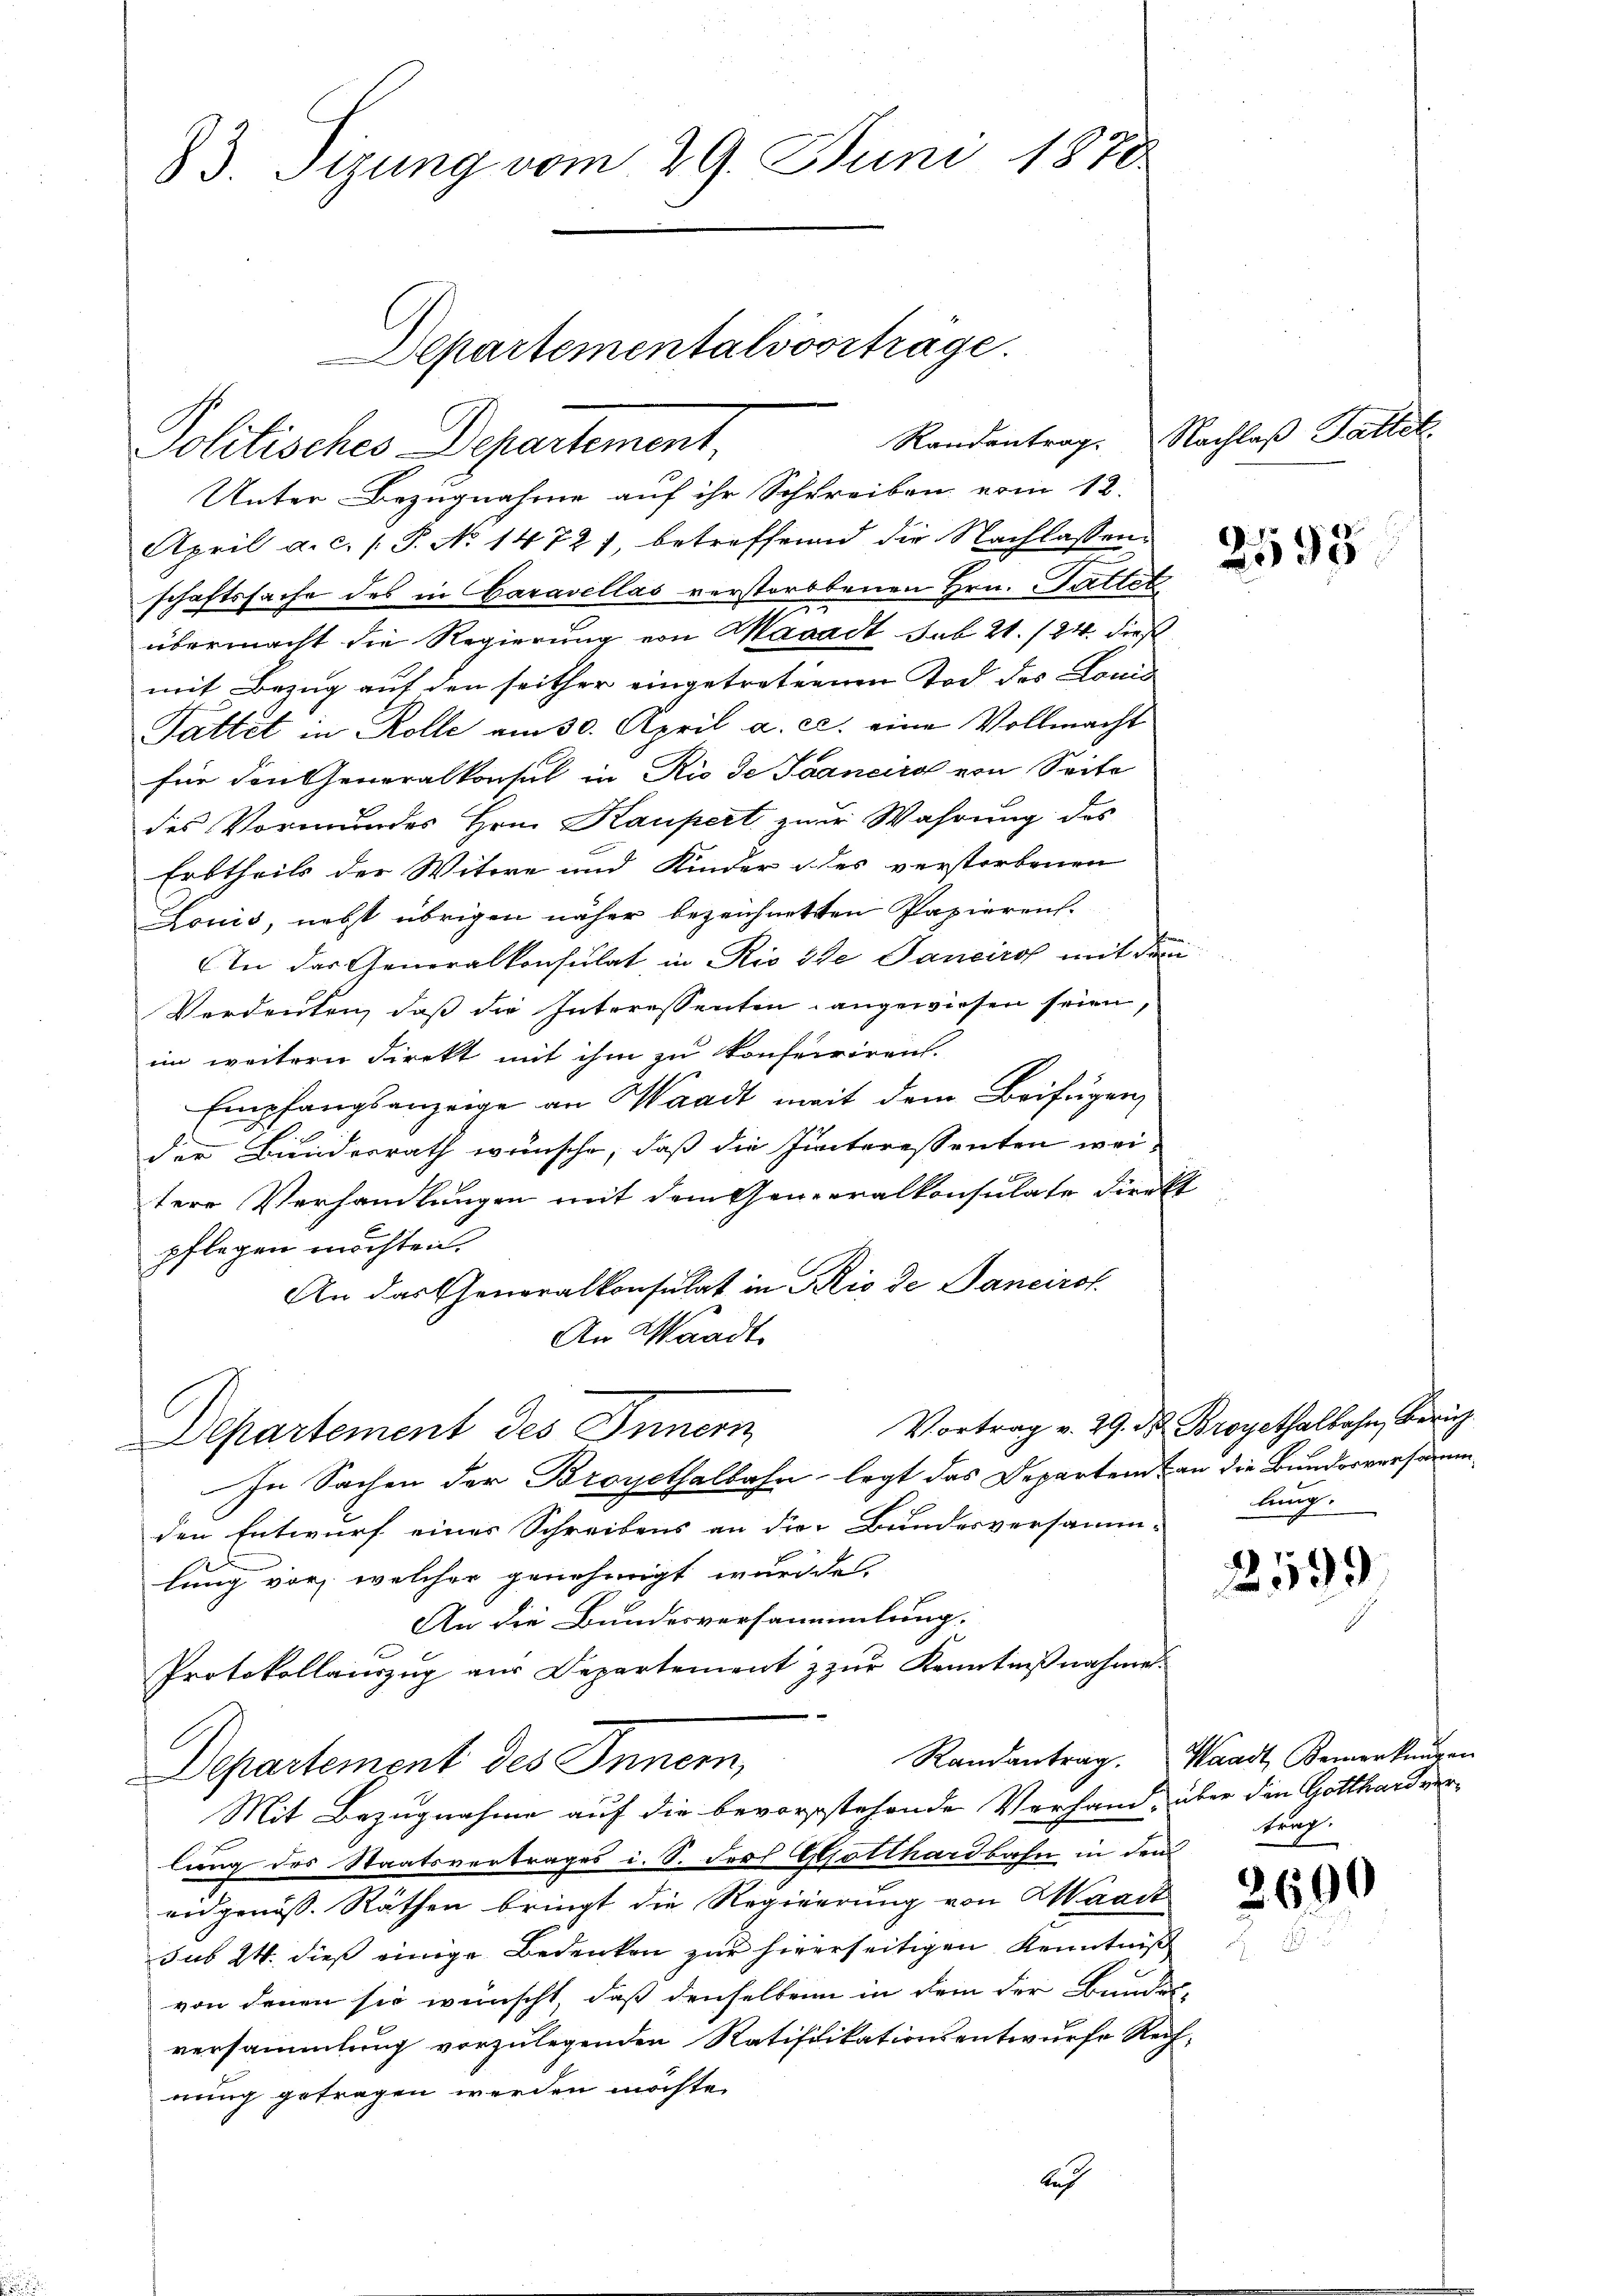
83. Sitzung vom 29. Juni 1878
Departementalioseträge.

Politisches Departement,

Unter Bezugnahme auf ihr Schreiben vom 12.
April a. c. (T. No 1472), betreffend die Nachlassenschaftssache des in Garavellas verstorbtenen Hrn. Faltet
7
übermacht die Regierung von Maaadt sub 21. 124. dieß
mit Bezug auf den seither eingetreternen Tod des Louis
Tattet in Rolle am 30. April a. c. eine Vollmacht
für den Generalkonsul in Rio de Saancirol von Seite
des Vormundes Hrn. Kaupert zur Wahrung des
Erbtheils der Witwe und Kinder des verstorbenen
Loriis, nebst übrigen näher bezeichnetten Papieren.
An das Generalkonsulat in Rio die Janeiro mit dem
Verdeuten, daß die Interessenten angewiesen seien,
im weitern Direkt mit ihm zu konferiren.
Empfangsanzeige an Waadt weit dem Beifügen,
der Bundesrath wünsche, daß die Hinteressenten weitere Verhandlungen mit dem Generalkonsulate direkt
pflegen möchten.
An das Generalkonsulat in Rio de Dancirol.
An Waadt
Vortrag v. 29. Dr. Broyethalbahn, Zürich
Departement des Inner
In Sachen der Broyethalbahn legt das Departem an die Bundesversammden Entwurf eines Schreibens an die Bundesversamm-
2
lung vor, welcher genehmigt wurden,
An die Bundesversammlung.
Protokollauszug aus Departement & zur Kenntnißnahme.
Randantrag. Waadt Bemerkungen
Departement des Innern,
Mit Bezugnahme auf die bevorstehende Verhand, über den Gotthard verlung des Staatsvertrages i. S. der Gotthardbahn in den
eidgenöss. Räthen bringt die Regierung von Waadt
sus 24. dieß einige Bedenken zur hinerseitigen Kenntniß
von denen sie wünscht, daß denselben in dem der Bundes-
versammlung vorzulegenden Ratifikationsentwurfe Rech-
nung getragen werden möchte.
Auch

Randantrag. Nachlaß Tattet

2595

lung.

2599

2600

trag.